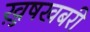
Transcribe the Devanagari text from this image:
ख़ुषखबरी